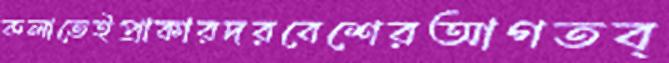
কলাতেইপ্রাকারদরবেশেরআগতব্